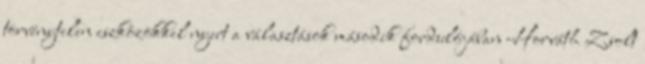
törvénytelen eszközökkel nyert a választások második fordulójában Horváth Zsolt